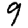
Digit: 9